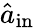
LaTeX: \hat{a}_{\mathrm{in}}